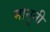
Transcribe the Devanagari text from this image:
मानूनी